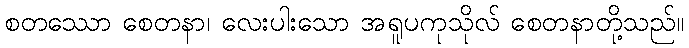
စတဿော စေတနာ၊ လေးပါးသော အရူပကုသိုလ် စေတနာတို့သည်။